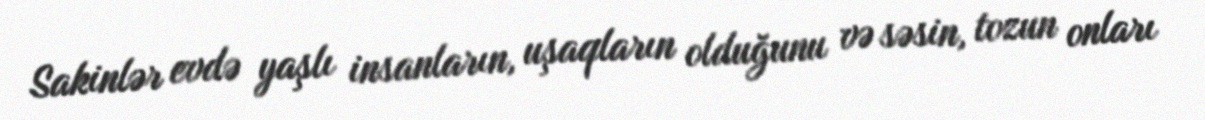
Sakinlər evdə yaşlı insanların, uşaqların olduğunu və səsin, tozun onları